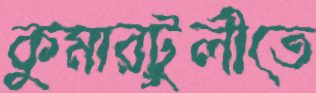
কুমারটুলীতে